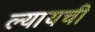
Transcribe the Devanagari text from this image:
ल्यायची